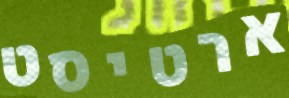
ארטיסט